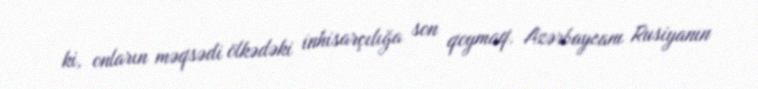
ki, onların məqsədi ölkədəki inhisarçılığa son qoymaq, Azərbaycanı Rusiyanın